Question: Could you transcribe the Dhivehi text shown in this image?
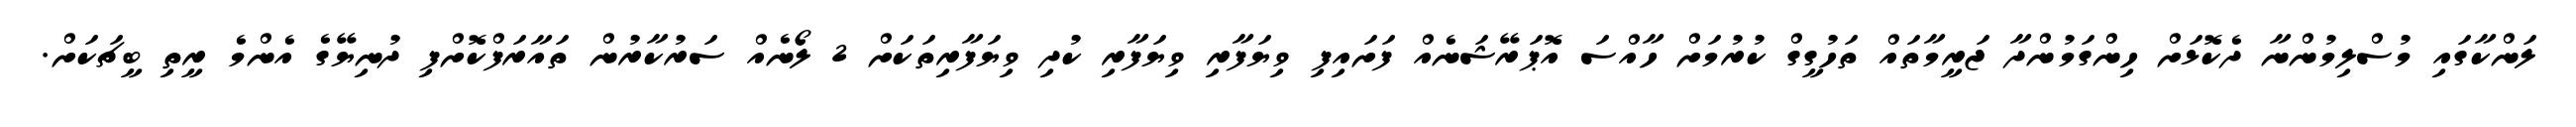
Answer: ލަންކާގައި މުސްލިމުންނާ ދެކޮޅަށް ހިންގަމުންދާ ޖަރީމާތައް ތަހުގީގް ކުރުމަށް ހާއްސަ އޮޕަރޭޝަނެއް ފަށައިފި ވިޔަފާރި ވިޔަފާރި ކުދި ވިޔަފާރިތަކަށް 2 ލޯނެއް ސަރުކާރުން ތައާރަފްކޮށްފި ދުނިޔޭގެ އެންމެ ރީތި ބީޗަކަށް.